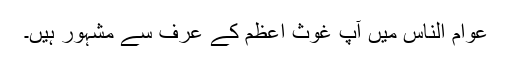
عوام الناس میں آپ غوث اعظم کے عرف سے مشہور ہیں۔